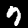
Digit: 7